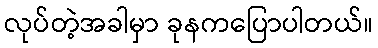
လုပ်တဲ့အခါမှာ ခုနကပြောပါတယ်။